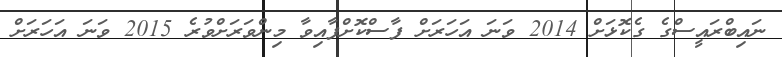
ނައިބްރައީސްގެ ގެކޮޅަށް 2014 ވަނަ އަހަަރަށް ފާސްކޮށްފާއިވާ މިންވަރަށްވުރެ 2015 ވަނަ އަހަރަށް